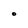
Character: O